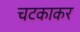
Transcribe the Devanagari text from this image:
चटकाकर